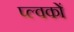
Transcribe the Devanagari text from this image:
प्ल्वकों